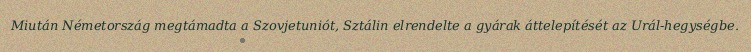
Miután Németország megtámadta a Szovjetuniót, Sztálin elrendelte a gyárak áttelepítését az Urál-hegységbe.